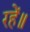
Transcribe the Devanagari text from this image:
रहें॥